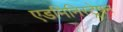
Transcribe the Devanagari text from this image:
एडमिनिस्ट्रेषन